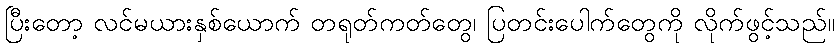
ပြီးတော့ လင်မယားနှစ်ယောက် တရုတ်ကတ်တွေ၊ ပြတင်းပေါက်တွေကို လိုက်ဖွင့်သည်။